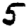
Digit: 5